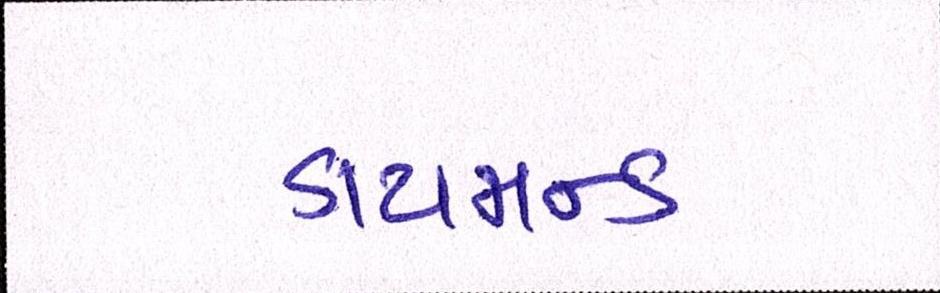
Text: ડાયમન્ડ